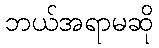
ဘယ်အရာမဆို